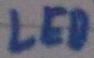
Text: LED